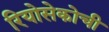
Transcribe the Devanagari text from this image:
रियोसेकोची